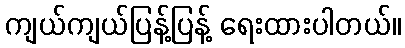
ကျယ်ကျယ်ပြန့်ပြန့် ရေးထားပါတယ်။